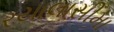
રયાલાસીમા